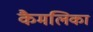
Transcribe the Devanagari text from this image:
कैमलिका